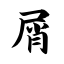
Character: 屑